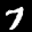
Label: 7